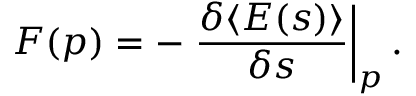
F ( p ) = - \left. { \frac { \delta \langle E ( s ) \rangle } { \delta s } } \right\vert _ { p } .